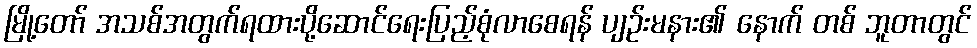
မြို့တော် အသစ်အတွက်ရထားပို့ဆောင်ရေးပြည့်စုံလာစေရန် ပျဉ်းမနား၏ နောက် တစ် ဘူတာတွင်